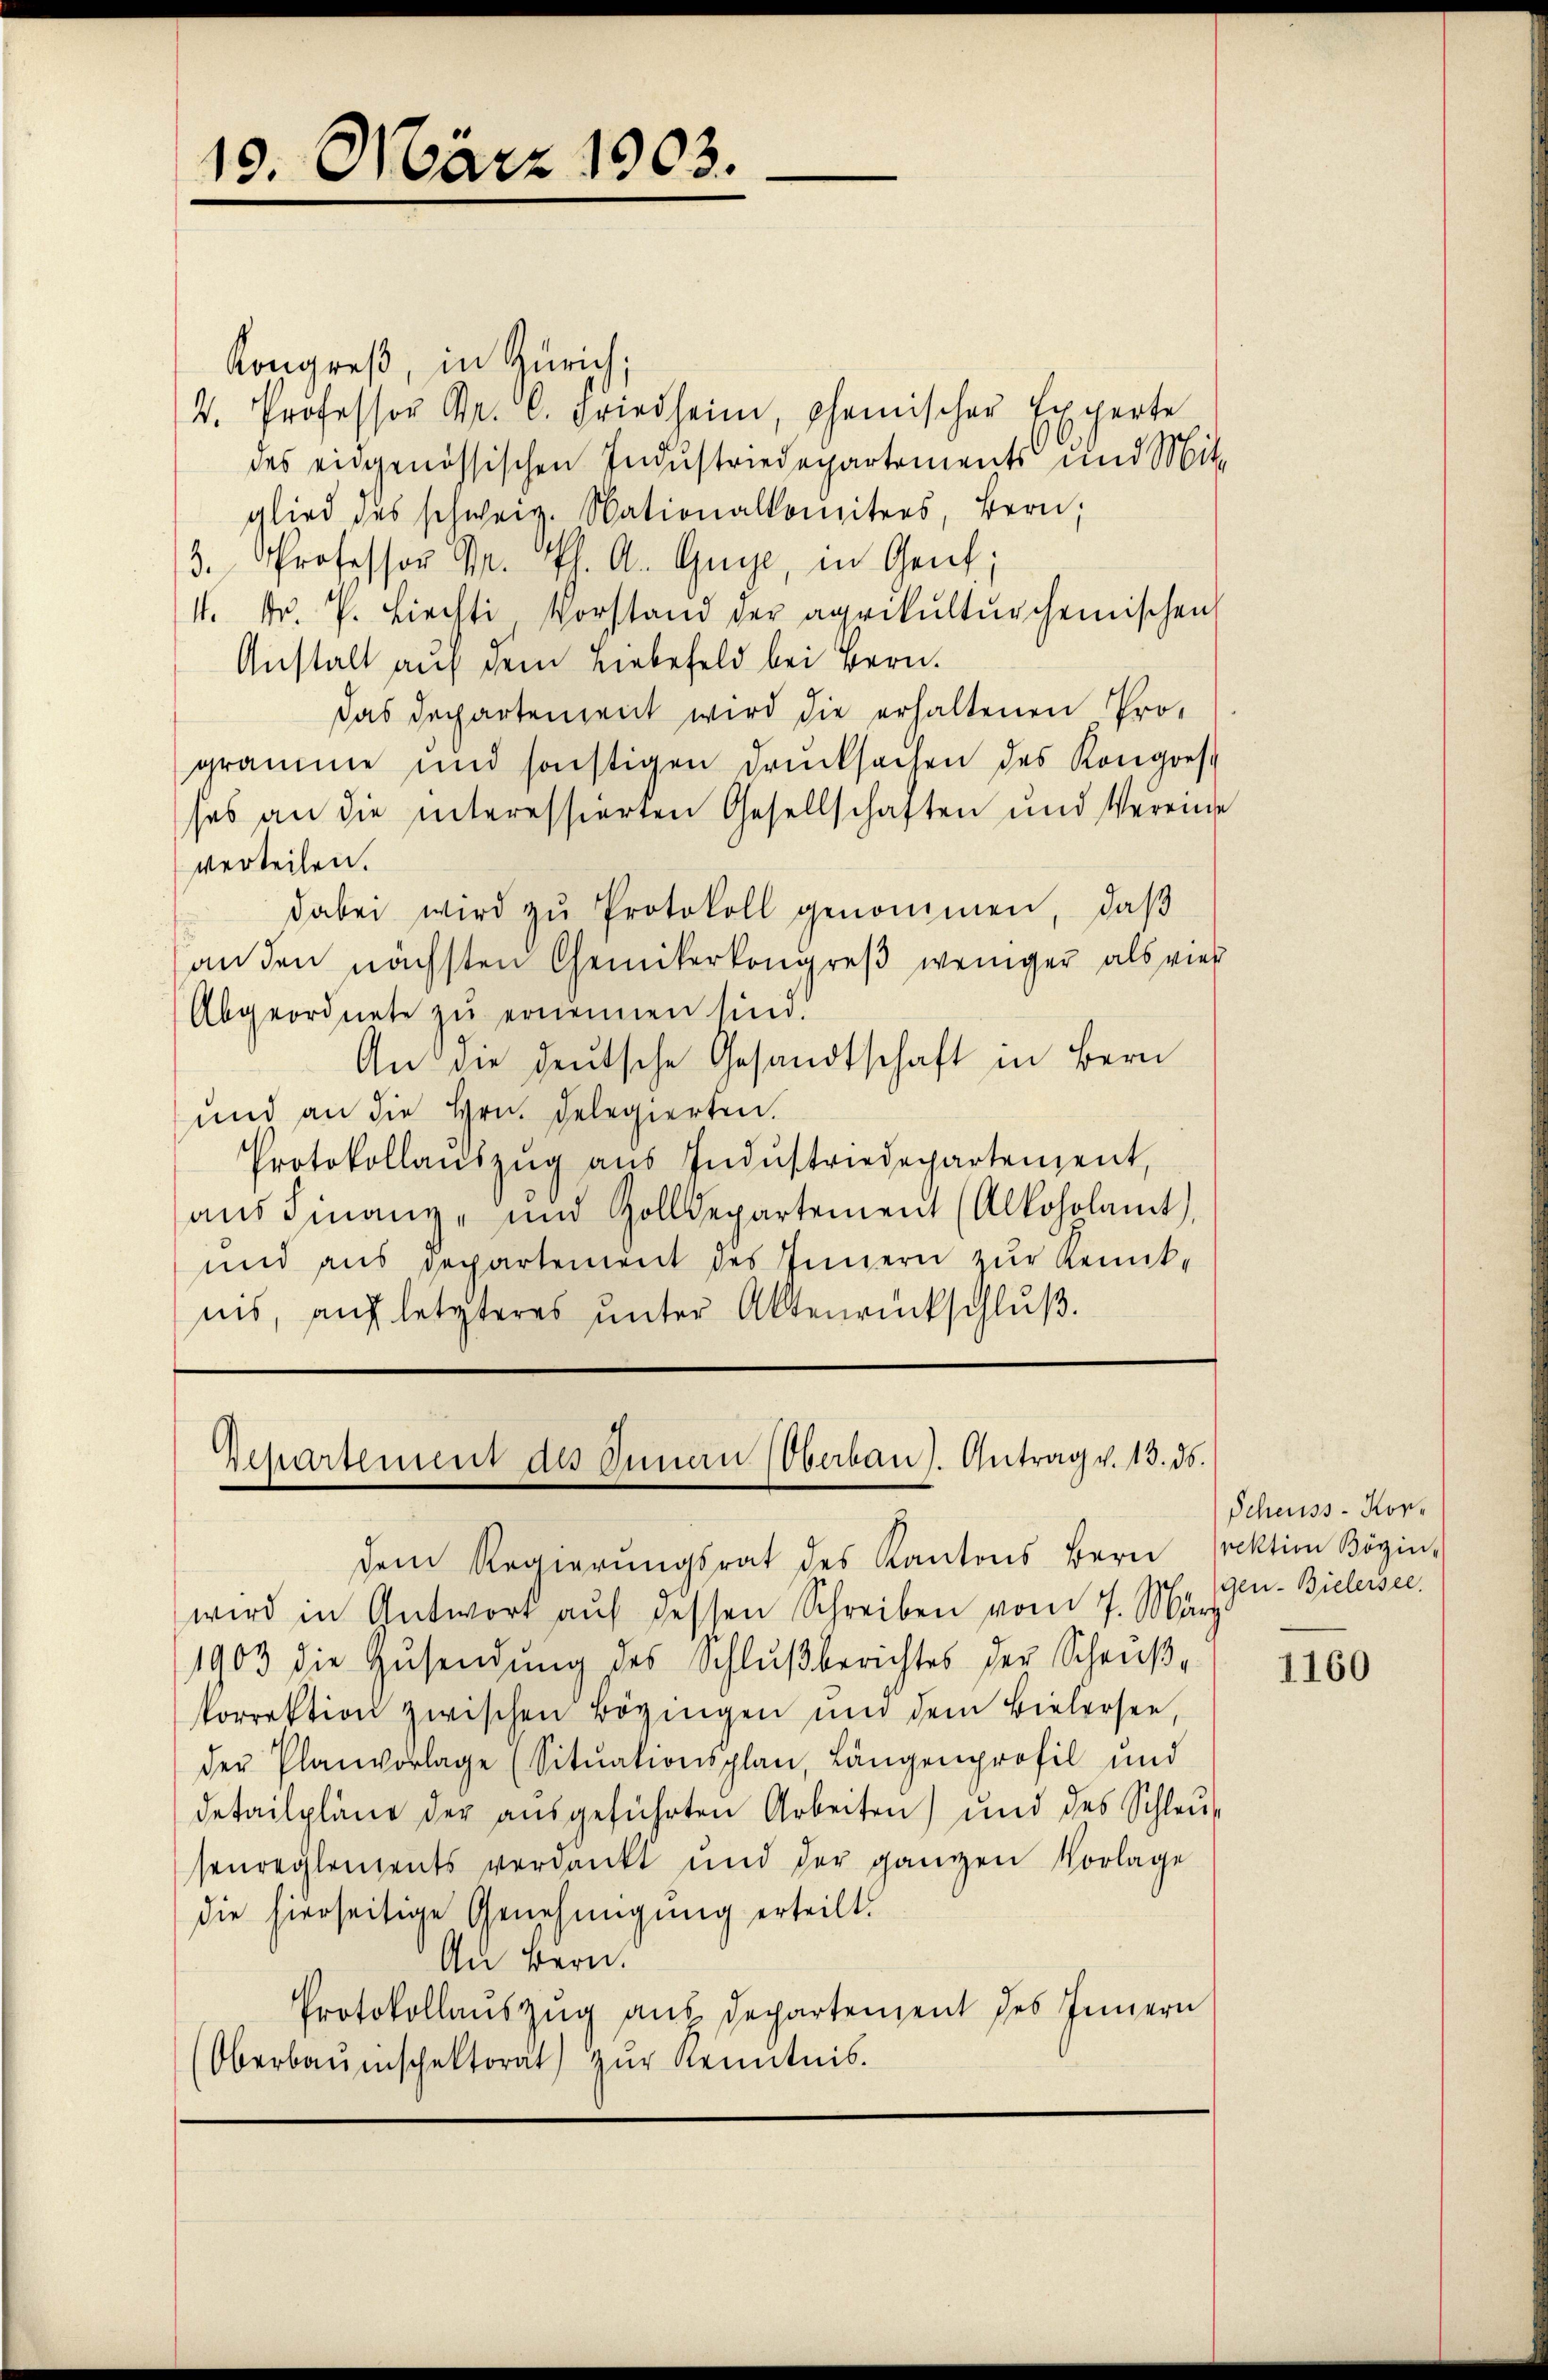
15. März 1903.

Kongreß, in Zürich;
2. Professor Dr. C. Friedheim, chemischer Experte
des eidgenössischen Industriedepartements und Mit-
glied des schweiz. Nationalkomitees, Bern,
3. Professor Dr. Ph. A. Guye, in Genf;
1. Fr. k. Liecht Vorstand der agrikulturscheinischen
Anstalt auf dem Liebefeld bei Bern.
das Departement wird die erhaltenen Programme und sonstigen Drucksachen des Kongres
ses an die interessierten Gesellschaften und Vereine
verteilen.
dabei wird zŭ Protokoll genommen, daß
an den nächsten Chemikerkongreß weniger als viel
Abgeordnete zu ernennen sind.
An die deutsche Gesandtschaft in Bern
und an die Hrn. Delegierten.
Protokollaŭszŭg aŭs Indŭstriedepartenzent,
aŭs Finanz- und Zolldepartement (Alkoholamt),
und aus Departement des Innern zur Kenntnis, aŭf letzteres ŭnter Aktenrückschlŭβ.

Departement des Innen (Oberbaus. Antrag v. 13. ds.
dem Regierŭngsrat des Kantons Bern rektion Bözin-

wird in Antwort aŭf dessen Schreiben vom 7. März
1903 die Zusendung des Schlußberichtes der Scheußkorrektion zwischen Bözingen und dem Bielersee,
der Planvorlage (Sitŭationsplan, Längenprofil und
detailpläne der ausgeführten Arbeiten) und des Schleusenreglements verdankt und der ganzen Vorlage
die hierseitige Genehmigung erteilt.
Au Bern.
Protokollauszug aus Departement des Innern
Oberbauinspektorat zŭr Kenntnis.

Scheuss - Korgen- Bielersee.

1160